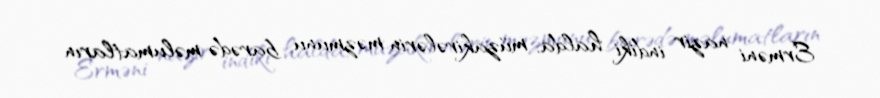
Erməni nazir indiki halda, müzakirələrin məzmunu barədə məlumatların